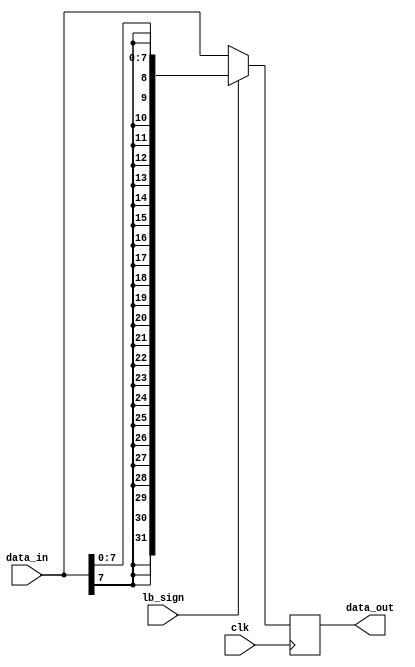
`timescale 1ns / 1ps
module Temp_Reg_DM(
    input clk,
    input lb_sign,
    input [31:0]data_in,

    output reg [31:0]data_out
);
    reg lb_pos;

    always@(posedge clk)
    begin
        if(!lb_sign) data_out <= data_in;
        else         data_out <= { {24{data_in[7]}}  , data_in[7:0] };
    end


endmodule